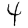
Digit: 4